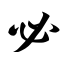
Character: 必